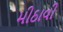
મીઠાવી